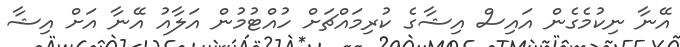
އޭނާ ނިކުމެގެން އައިސް އިޝާގެ ކުރިމައްޗަށް ހުއްޓުމުން އަލާއު އޭނާ އަށް އިޝާ